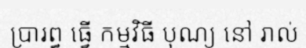
ប្រារព្ធ ធ្វើ កម្មវិធី បុណ្យ នៅ រាល់